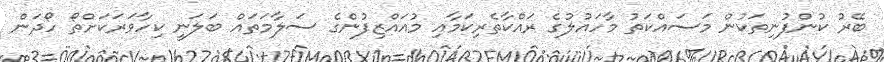
ބޭރު ކުންފުނިތަކުން މަސައްކަތު މާހައުލުގެ ރައްކާތެރިކަމާއި މުއައްޒިފުންގެ ސަލާމަތައް ބަލަނީ ކިހާވަރަކަށްތޯ ހޯދަން